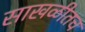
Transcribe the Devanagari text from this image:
साखळीतच